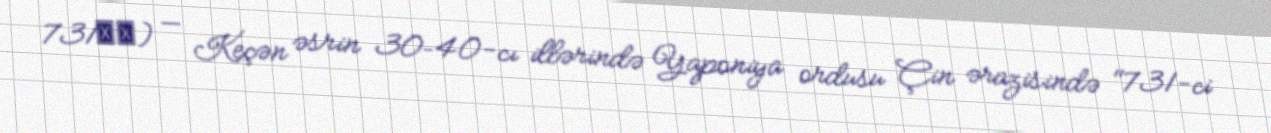
731部隊) — Keçən əsrin 30–40-cı illərində Yaponiya ordusu Çin ərazisində "731-ci